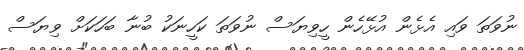
ނުވަތަ ވައި އެޅެން އުޅޭހެން ހީވިޔަސް ނުވަތަ ކަހީނަކު ބުނާ ބަހަކަށް ވިޔަސް